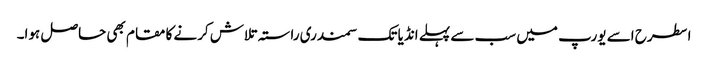
اسطرح اسے یورپ میں سب سے پہلے انڈیا تک سمندری راستہ تلاش کرنے کا مقام بھی حاصل ہوا۔